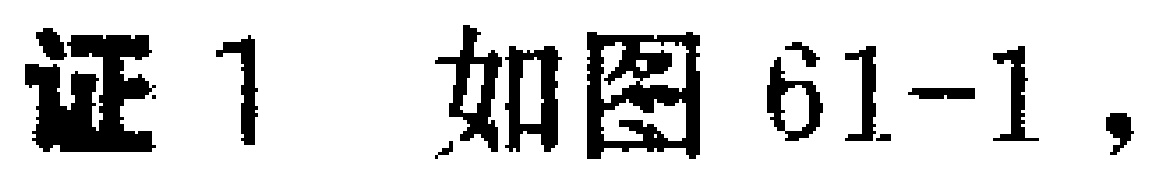
证 1 如图 61-1，